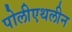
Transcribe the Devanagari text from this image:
पोलीएथलीन